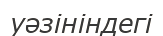
уәзініндегі